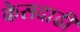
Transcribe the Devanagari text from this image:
केसदाढी